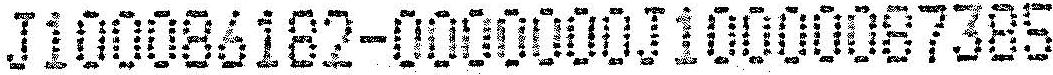
J100086182-0000000J10000087385